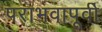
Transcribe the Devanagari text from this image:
पराभवापूर्वी